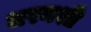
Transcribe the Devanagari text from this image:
धरमशी